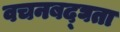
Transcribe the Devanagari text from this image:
वचनबद्घता